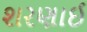
શરણાઈ